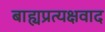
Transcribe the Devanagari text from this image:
बाह्यप्रत्यक्षवाद